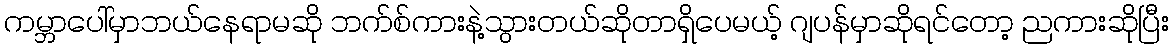
ကမ္ဘာပေါ်မှာဘယ်နေရာမဆို ဘက်စ်ကားနဲ့သွားတယ်ဆိုတာရှိပေမယ့် ဂျပန်မှာဆိုရင်တော့ ညကားဆိုပြီး